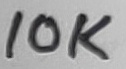
Text: 10K